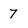
Character: 7